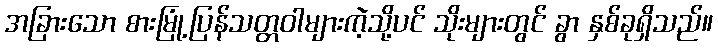
အခြားသော စားမြုံ့ပြန်သတ္တဝါများကဲ့သို့ပင် သိုးများတွင် ခွာ နှစ်ခုရှိသည်။